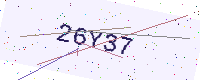
Text: 26Y37